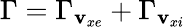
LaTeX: \Gamma=\Gamma_{\mathbf{v}_{xe}}+\Gamma_{\mathbf{v}_{xi}}